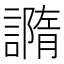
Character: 䜏